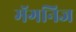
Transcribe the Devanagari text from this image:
मॅगनिज